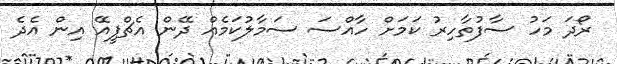
ރޯދަ މަހު ސާފުތާހިރު ކަމަށް ހާއްސަ ސަމާލުކަމެއް ދޭން އެޗްޕީއޭ އިން އެދެ